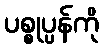
ပစ္စုပ္ပန်ကို